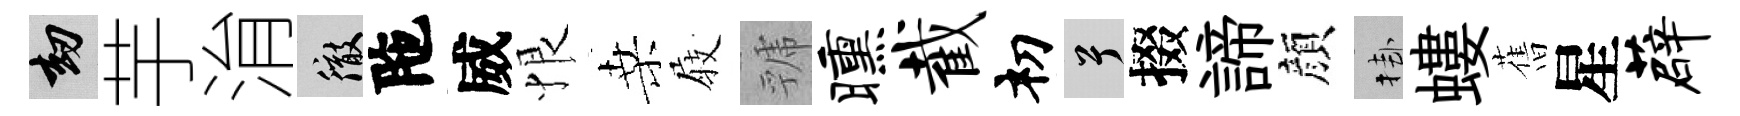
劫芋㳙徹陁威恨桑𡲆虢曛截𥘉兮掇諦顔挂螻𦾔星薜